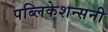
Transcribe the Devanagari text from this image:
पब्लिकेशन्सनी